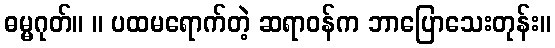
ဓမ္မဂုတ်။ ။ ပထမရောက်တဲ့ ဆရာဝန်က ဘာပြောသေးတုန်း။